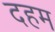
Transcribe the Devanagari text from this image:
दहम